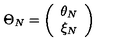
\Theta _ { N } = \left( \begin{array} { c } { \theta _ { N } } \\ { \xi _ { N } } \\ \end{array} \right)